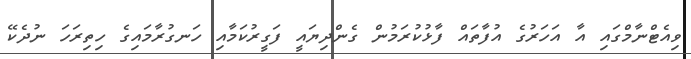
ވިއެޓްނާމްގައި އާ އަހަރުގެ އުފާތައް ފާޅުކުރަމުން ގެންދިޔައީ ފަގީރުކަމާއި ހަނގުރާމައިގެ ހިތިރަހަ ނުދެކޭ